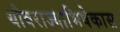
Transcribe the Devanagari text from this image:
यौवराज्याभिषेकास